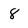
Character: 8